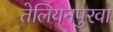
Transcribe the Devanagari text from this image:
तेलियनपुरवा